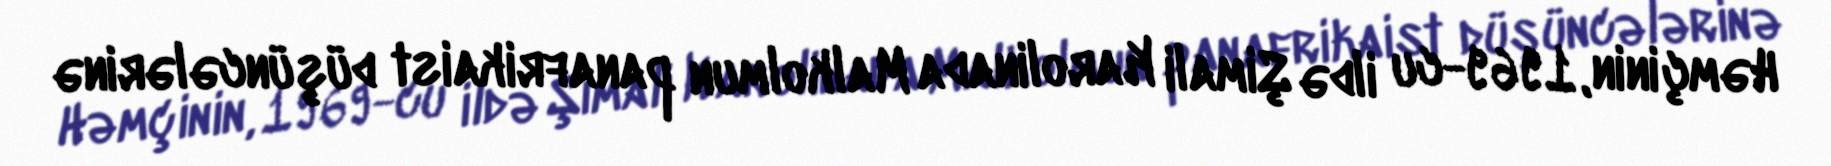
Həmçinin, 1969-cu ildə Şimali Karolinada Malkolmun panafrikaist düşüncələrinə